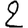
Digit: 2